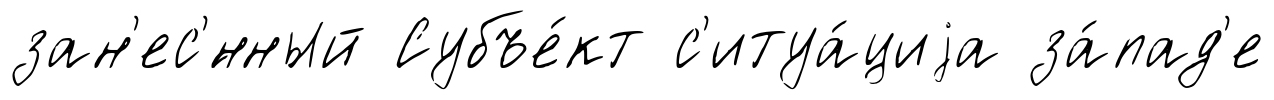
зан'ес'́нный Субъе́кт с'итуа́циjа за́пад'е